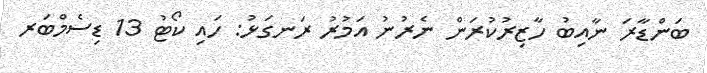
ބަންޑާރަ ނާއިބު ހާޒިރުކުރަން ނެރުނު އަމުރު ރަނގަޅު: ހައި ކޯޓު 13 ޑިސެމްބަރ